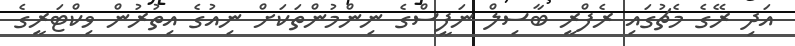
އަދި ރޭގެ މެޗުގައި ރެފްރީ ބާސިލް ނަފީސްގެ ނިންމުންތަކަށް ނިއުގެ އިތުރުން ވިކްޓަރީގެ